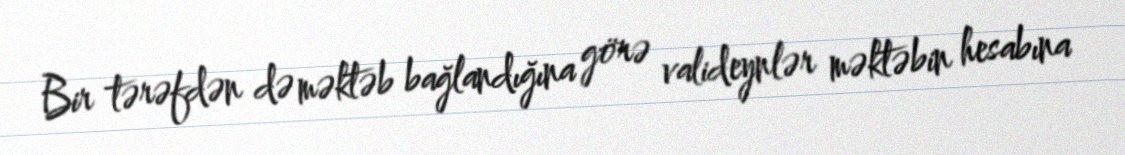
Bir tərəfdən də məktəb bağlandığına görə valideynlər məktəbin hesabına